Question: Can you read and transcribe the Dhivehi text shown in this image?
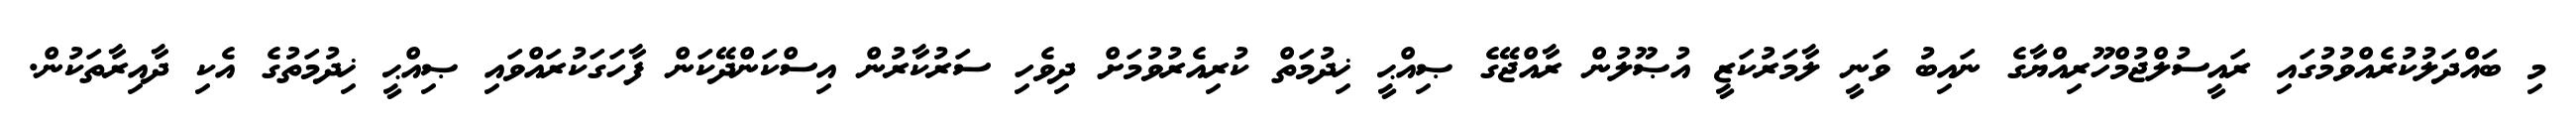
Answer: މި ބައްދަލުކުރެއްވުމުގައި ރައީސުލްޖުމްހޫރިއްޔާގެ ނައިބު ވަނީ ލާމަރުކަޒީ އުޞޫލުން ރާއްޖޭގެ ޞިއްޙީ ޚިދުމަތް ކުރިއެރުވުމަށް ދިވެހި ސަރުކާރުން އިސްކަންދޭކަން ފާހަގަކުރައްވައި ޞިއްޙީ ޚިދުމަތުގެ އެކި ދާއިރާތަކުން.